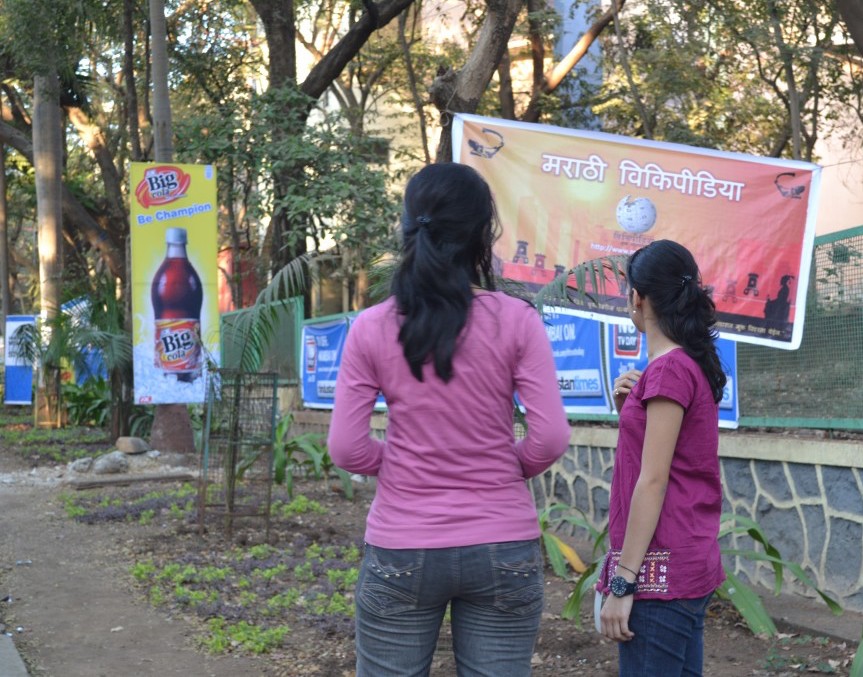
Language: marathi
Transcription: मराठी विकिपीडिया